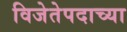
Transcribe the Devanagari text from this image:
विजेतेपदाच्या